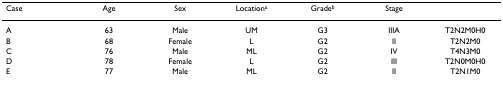
<table><thead><tr><td><b>Case</b></td><td><b>Age</b></td><td><b>Sex</b></td><td><b>Location<sup>a</sup></b></td><td><b>Grade<sup>b</sup></b></td><td><b>Stage</b></td><td></td></tr></thead><tbody><tr><td>A</td><td>63</td><td>Male</td><td>UM</td><td>G3</td><td>IIIA</td><td>T2N2M0H0</td></tr><tr><td>B</td><td>68</td><td>Female</td><td>L</td><td>G2</td><td>II</td><td>T2N2M0</td></tr><tr><td>C</td><td>76</td><td>Male</td><td>ML</td><td>G2</td><td>IV</td><td>T4N3M0</td></tr><tr><td>D</td><td>78</td><td>Female</td><td>L</td><td>G2</td><td>III</td><td>T2N0M0H0</td></tr><tr><td>E</td><td>77</td><td>Male</td><td>ML</td><td>G2</td><td>II</td><td>T2N1M0</td></tr></tbody></table>